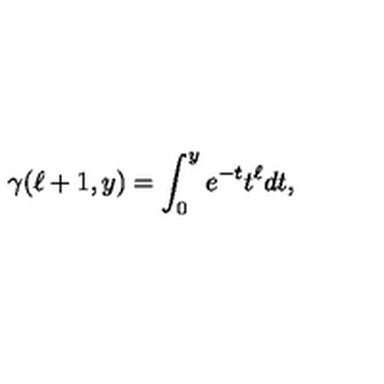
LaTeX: \gamma ( \ell + 1 , y ) = \int _ { 0 } ^ { y } e ^ { - t } t ^ { \ell } d t ,